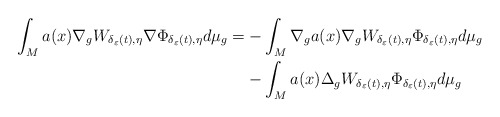
\begin{align*}\int_{M}a(x)\nabla_{g}W_{\delta_{\varepsilon}(t),\eta}\nabla\Phi_{\delta_{\varepsilon}(t),\eta}d\mu_{g}=&-\int_{M}\nabla_{g}a(x)\nabla_{g}W_{\delta_{\varepsilon}(t),\eta}\Phi_{\delta_{\varepsilon}(t),\eta}d\mu_{g}\\ &-\int_{M}a(x)\Delta_{g}W_{\delta_{\varepsilon}(t),\eta}\Phi_{\delta_{\varepsilon}(t),\eta}d\mu_{g}\end{align*}